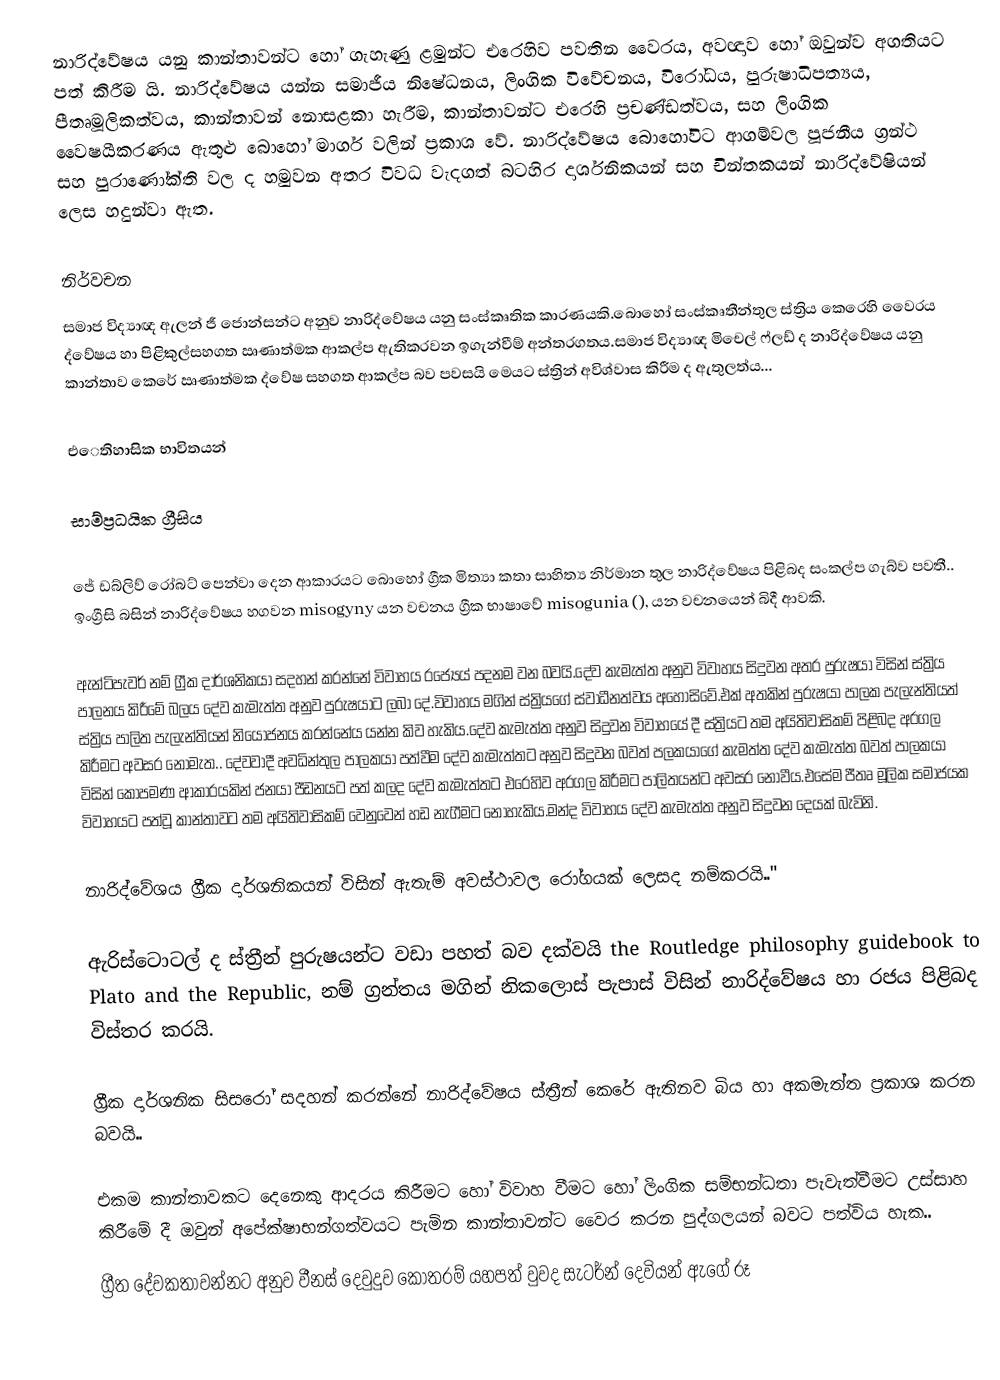
නාරිද්වේෂය යනු කාන්තාවන්ට හෝ ගැහැණු ළමුන්ට එරෙහිව පවතින වෛරය, අවඥාව හෝ ඔවුන්ව අගතියට පත් කිරීම යි. නාරිද්වේෂය යන්න සමාජීය නිෂේධනය, ලිංගික විවේචනය, විරෝධය, පුරුෂාධිපත්‍යය, පීතෘමූලිකත්වය, කාන්තාවන් නොසළකා හැරීම, කාන්තාවන්ට එරෙහි ප්‍රචණ්ඩත්වය, සහ ලිංගික වෛෂයීකරණය ඇතුළු බොහෝ මාර්ග වලින් ප්‍රකාශ වේ. නාරිද්වේෂය බොහෝවිට ආගම්වල පූජනීය ග්‍රන්ථ සහ පුරාණෝක්ති වල ද හමුවන අතර විවධ වැදගත් බටහිර දාර්ශනිකයන් සහ චින්තකයන් නාරිද්වේෂියන් ලෙස හදුන්වා ඇත.

නිර්වචන
සමාජ විද්‍යාඥ ඇලන් ජී ජොන්සන්ට අනුව නාරිද්වේෂය යනු  සංස්කෘතික කාරණයකි.බොහෝ සංස්කෘතීන්තුල ස්ත්‍රිය කෙරෙහි වෛරය ද්වේෂය හා පිළිකුල්සහගත ඍණාත්මක ආකල්ප ඇතිකරවන ඉගැන්වීම් අන්තරගතය.සමාජ විද්‍යාඥ මිචෙල් ෆ්ලඩ් ද නාරිද්වේෂය යනු කාන්තාව කෙරේ ඍණාත්මක ද්වේෂ සහගත ආකල්ප බව පවසයි මෙයට ස්ත්‍රින් අවිශ්වාස කිරීම ද ඇතුලත්ය...

එෙතිහාසික භාවිතයන්

සාම්ප්‍රධයික ග්‍රීසිය

ජේ ඩබ්ලිව් රෝබට් පෙන්වා දෙන ආකාරයට බොහෝ ග්‍රීක මිත්‍යා කතා සාහිත්‍ය නිර්මාන තුල නාරිද්වේෂය පිළිබද සංකල්ප ගැබ්ව පවතී.. ඉංග්‍රීසි බසින් නාරිද්වේෂය හගවන  misogyny  යන වචනය ග්‍රීක භාෂාවේ misogunia (), යන වචනයෙන් බිදී ආවකි.

ඇන්ටිපැවර් නම් ග්‍රීක දාර්ශනිකයා සදහන් කරන්නේ විවාහය රජ්‍යෙය් පදනම වන බවයි.දේව කැමැත්ත අනුව විවාහය සිදුවන අතර පුරුෂයා විසින් ස්ත්‍රිය පාලනය කිරීමේ බලය දේව කැමැත්ත අනුව පුරුෂයාට ලබා දේ.විවාහය මගින් ස්ත්‍රියගේ ස්වාධීනත්වය අහෝසිවේ.එක් අතකින් පුරුෂයා පාලක පැලැන්තියත් ස්ත්‍රිය පාලිත පැලැන්තියන් නියෝජනය කරන්නේය යන්න කිව හැකිය.දේව කැමැත්ත අනුව සිදුවන විවාහයේ දී ස්ත්‍රියට තම අයිතිවාසිකම් පිළිබද අරගල කිරීමට අවසර නොමැත.. දේවවාදී අවධින්තුල පාලකයා පත්වීම දේව කැමැත්තට අනුව සිදුවන බවත් පලකයාගේ කැමත්ත දේව කැමැත්ත බවත් පාලකයා විසින් කොපමණ ආකාරයකින් ජනයා පීඩනයට පත් කලද දේව කැමැත්තට එරෙහිව අරගල කිරීමට පාලිතයන්ට අවසර නොවීය.එසේම  පීතෘ මූලික සමාජයක විවාහයට පත්වූ කාන්තාවට තම අයිතිවාසිකම් වෙනුවෙන් හඩ නැගීමට නොහැකිය.මන්ද විවාහය දේව කැමැත්ත අනුව සිදුවන දෙයක් බැවිනි.

නාරිද්වේශය ග්‍රීක දාර්ශනිකයන් විසින් ඇතැම් අවස්ථාවල රෝගයක් ලෙසද නම්කරයි.."

ඇරිස්ටොටල් ද ස්ත්‍රීන් පුරුෂයන්ට වඩා පහත් බව දක්වයි the Routledge philosophy guidebook to Plato and the Republic, නම් ග්‍රන්තය මගින් නිකලොස් පැපාස් විසින් නාරිද්වේෂය හා රජය පිළිබද විස්තර කරයි.

ග්‍රීක දාර්ශනික සිසරෝ සදහන් කරන්නේ නාරිද්වේෂය  ස්ත්‍රීන් කෙරේ ඇතිනව බිය හා අකමැත්ත ප්‍රකාශ කරන බවයි..

 එකම කාන්තාවකට දෙනෙකු ආදරය කිරීමට හෝ විවාහ වීමට හෝ ලිංගික සම්භන්ධතා පැවැත්වීමට උස්සාහ කිරීමේ දී ඔවුන් අපේක්ෂාභන්ගත්වයට පැමින කාන්තාවන්ට වෛර කරන පුද්ගලයන් බවට පත්විය හැක..
 ග්‍රීත දේවකතාවන්නට අනුව වීනස් දෙවුදුව කොතරම් යහපත් වුවද සැටර්න් දෙවියන් ඇගේ රූ